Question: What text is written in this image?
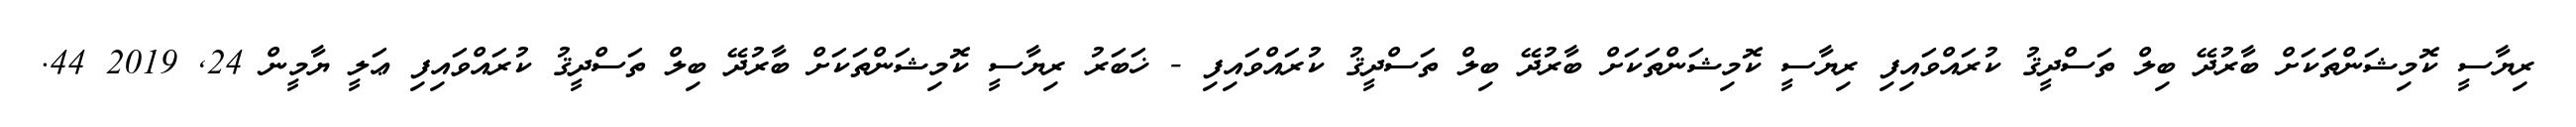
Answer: ރިޔާސީ ކޮމިޝަންތަކަށް ބާރުދޭ ބިލް ތަސްދީޤު ކުރައްވައިފި ރިޔާސީ ކޮމިޝަންތަކަށް ބާރުދޭ ބިލް ތަސްދީޤު ކުރައްވައިފި - ޚަބަރު ރިޔާސީ ކޮމިޝަންތަކަށް ބާރުދޭ ބިލް ތަސްދީޤު ކުރައްވައިފި ޢަލީ ޔާމީން 24, 2019 44.